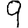
Digit: 9